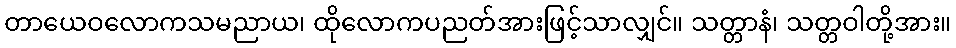
တာယေဝလောကသမညာယ၊ ထိုလောကပညတ်အားဖြင့်သာလျှင်။ သတ္တာနံ၊ သတ္တဝါတို့အား။